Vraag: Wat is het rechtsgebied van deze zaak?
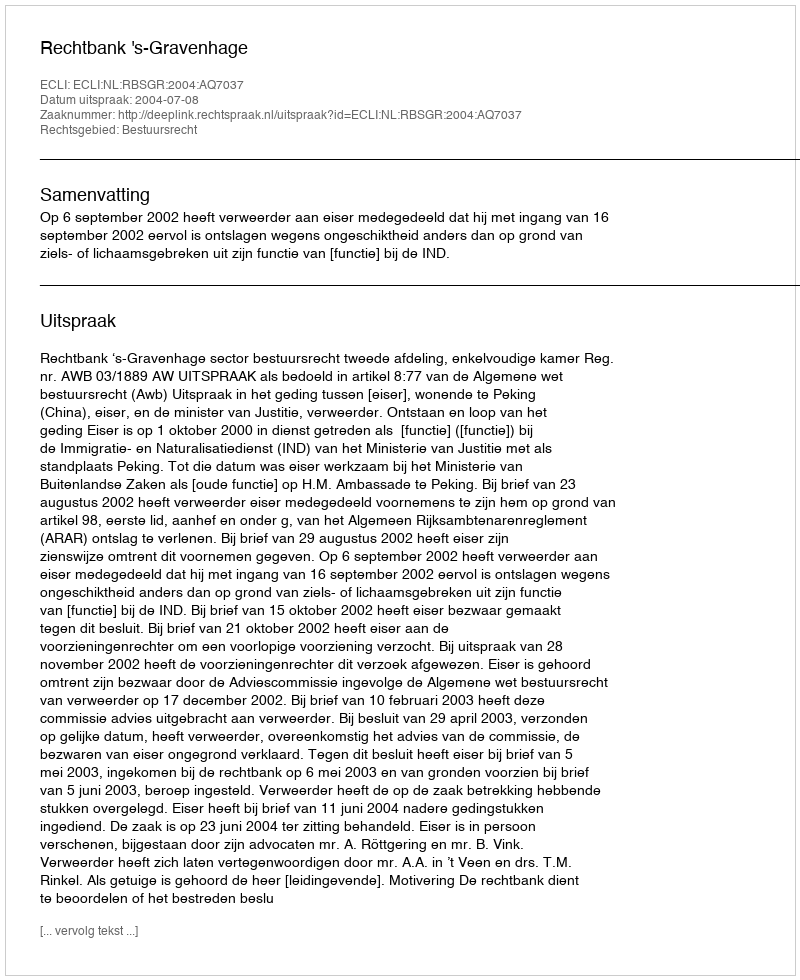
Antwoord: Bestuursrecht